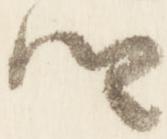
卿